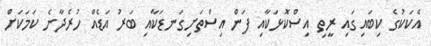
އެކަކުގެ ކިބައިގައި ރީތި އިސްކޮޅަކާއި ފަން އިސްތަށިގަނޑަކާއި ބަރު އަޑެއް ހުރެދާނެ ކަމަކަށް